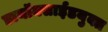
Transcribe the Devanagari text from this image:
डायॉक्साईडयुक्त